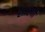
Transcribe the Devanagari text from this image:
सांरगी